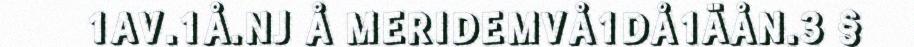
1AV.1Å.NJ Å MERIDEMVÅ1DÅ1ÄÅN.3 §